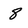
Character: 8